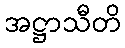
အဋ္ဌာသီတိ